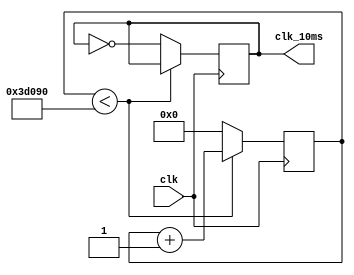
`timescale 1ns / 1ps

module clk_10ms( 
	input clk, 
	output reg clk_10ms
);
	 
	reg [31:0] cnt;

	initial begin
		cnt = 32'b0;
	end

	wire[31:0] cnt_next;
	assign cnt_next = cnt + 1'b1;

	always @(posedge clk) begin
		if(cnt<25_000_0)begin
			cnt <= cnt_next;
		end
		else begin
			cnt <= 0;
			clk_10ms <= ~clk_10ms;
		end
	end

endmodule